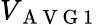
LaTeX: V_{\mathrm{~A~V~G~1~}}